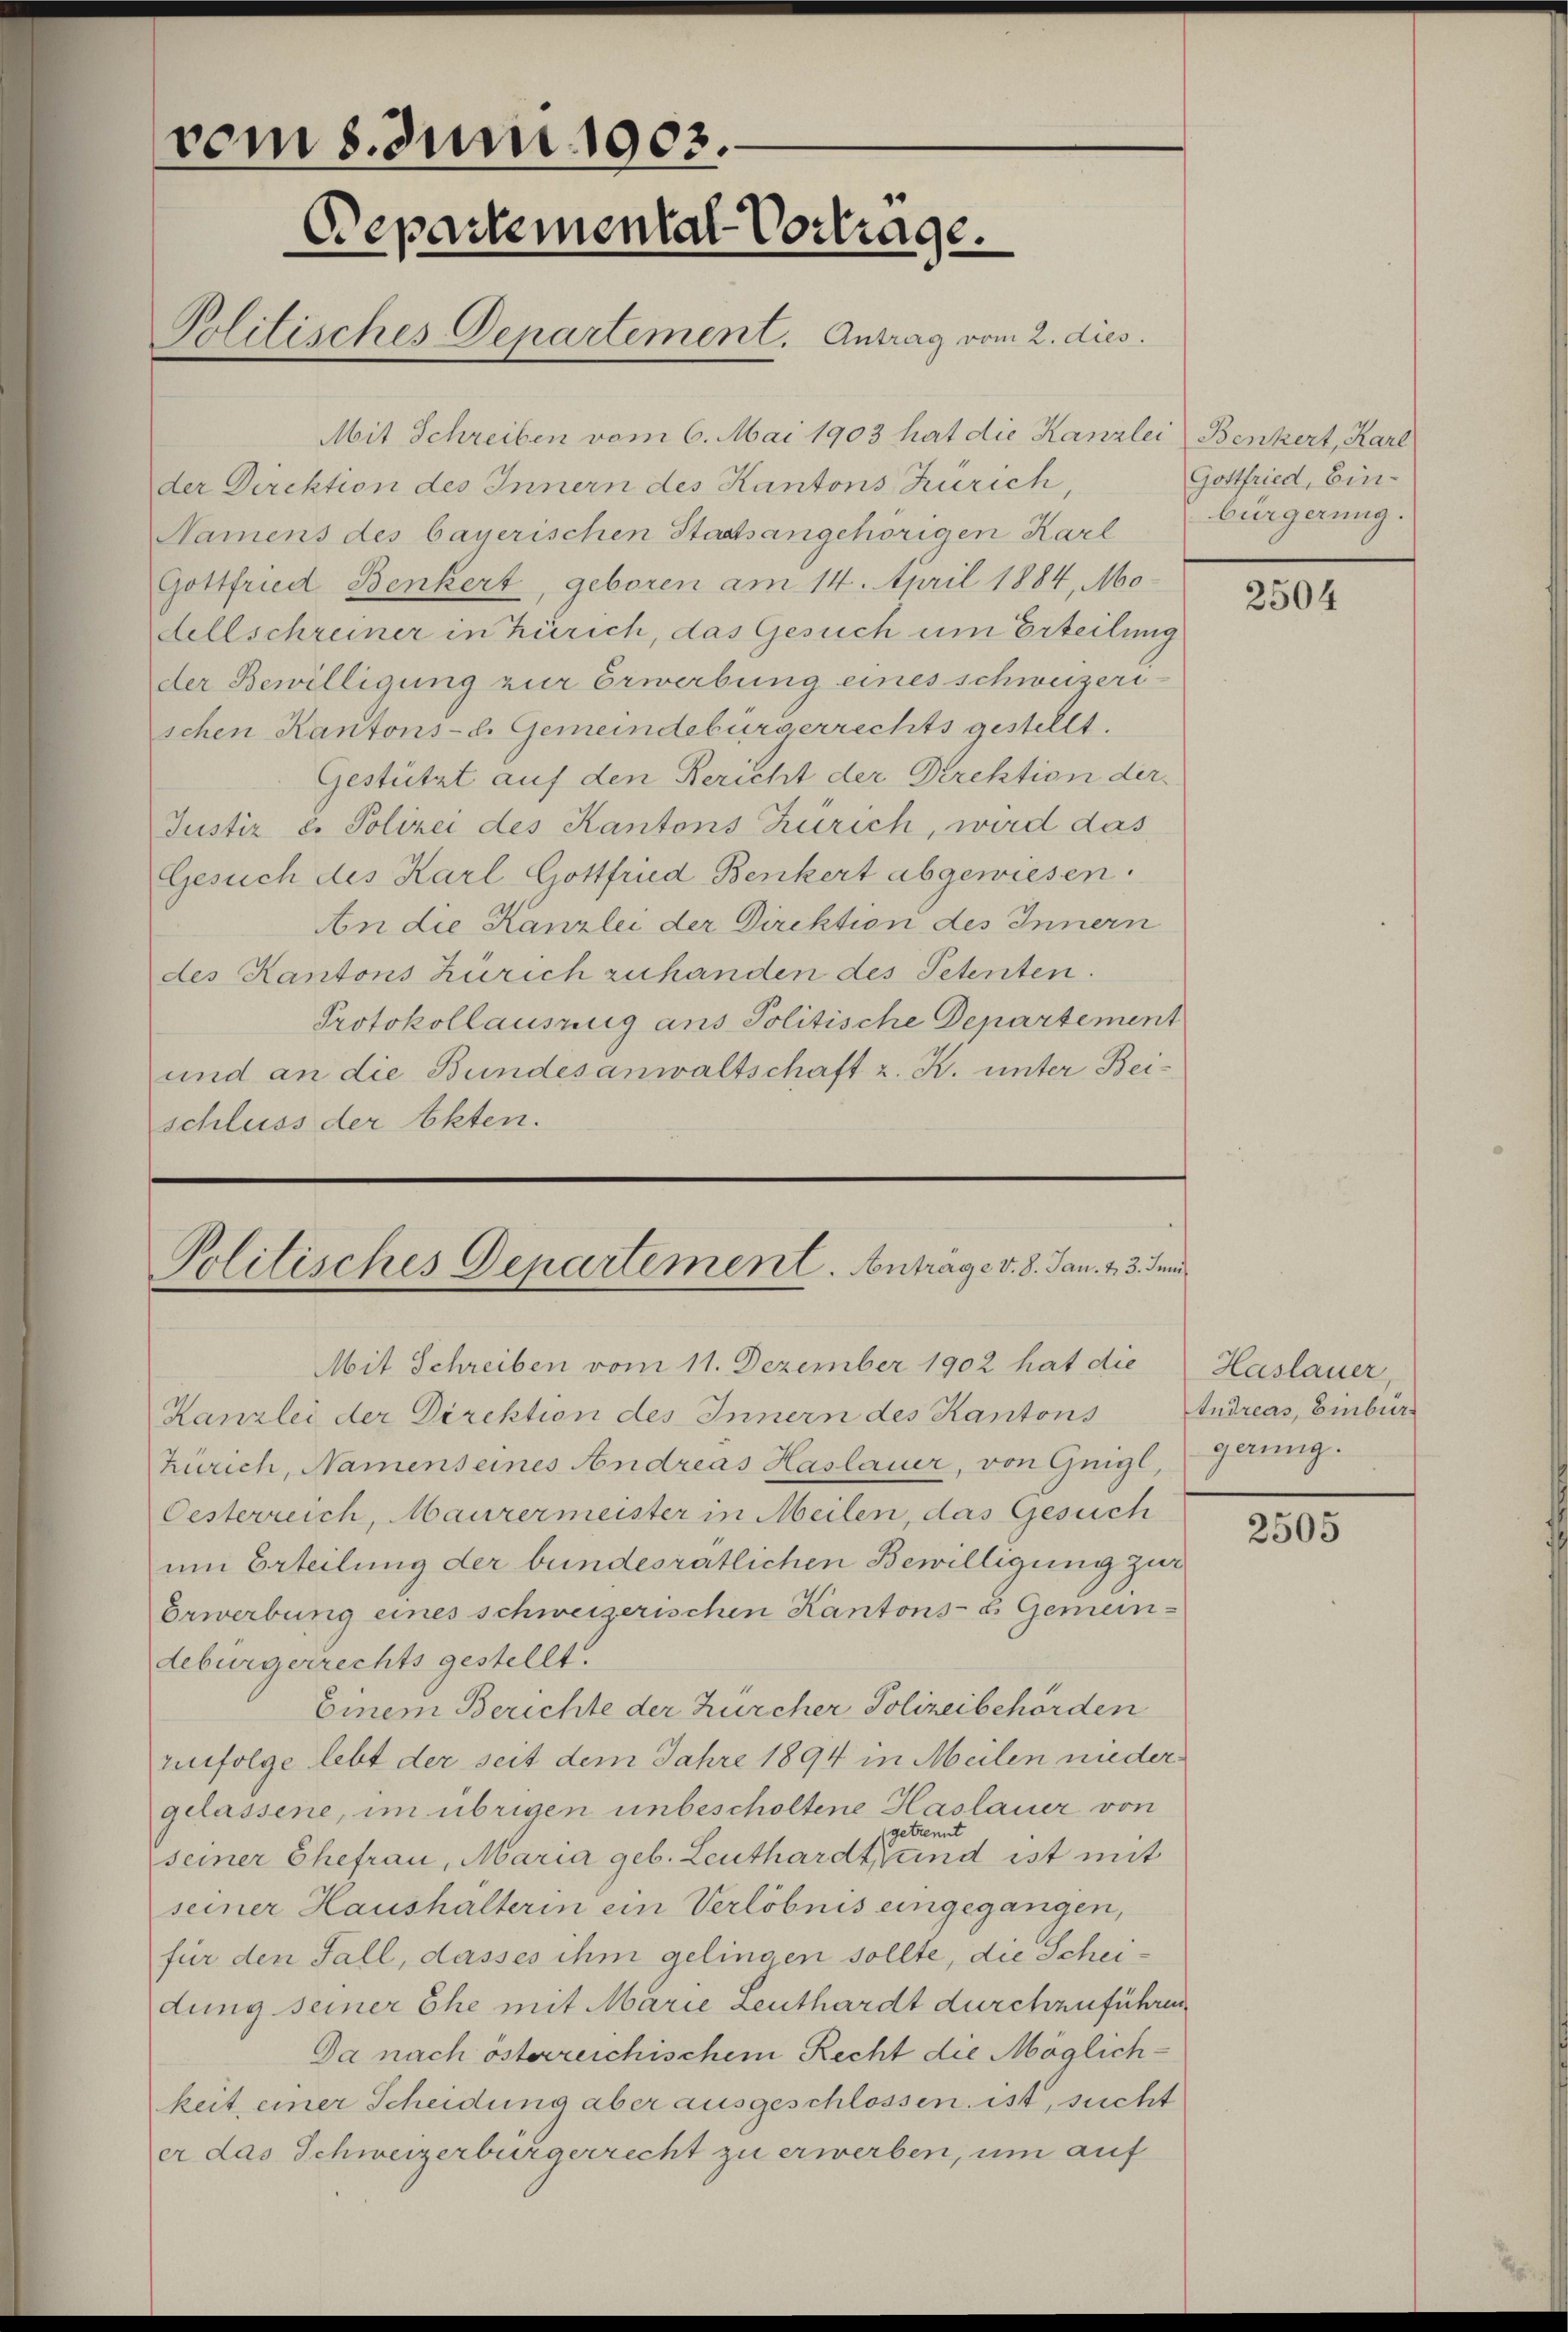
vom 8. Juni 1903.
Departemental-Vortrage.
Politisches Departement. Antrag vom 2. dies

Mit Schreiben vom 6. Mai 1903 hat die Kanzlei Benkert, Karl
der Direktion des Innern des Kantons Zürich,
Namens des bayerischen Staatsangehörigen Karl
Gottfried Benkert, geboren am 14. April 1884, Modellschreiner in Zürich, das Gesuch um Erteilung
der Bewilligung zur Erwerbung eines schweizerischen Kantons-. Gemeindebürgerrechts gestellt.
Gestützt auf den Bericht der Direktion der
Justiz e. Polizei des Kantons Zürich, wird das
Gesuch des Karl Gottfried Benkert abgewiesen.
An die Kanzlei der Direktion des Innern
des Kantons Zürich zuhanden des Petenten.
Protokollausung ans Politische Departement
und an die Bundesanwaltschaft z. K. unter Beischluss der Akten.

Politisches Departement. Anträge v. 8. Jan. 13. dem
Mit Schreiben vom 11. Dezember 1902 hat die

Kanzlei der Direktion des Innern des Kantons
Zürich, Namenseines Andreas Haslauer, von Geigl Gaung.
Oesterreich, Maurermeister in Meilen, das Gesuch
um Erteilung der bundesrätlichen Bewilligung zur
Erwerbung eines schweizerischen Kantons- & Gemeindebürgerrechts gestellt.
Einem Berichte der Zürcher Polizeibehörden
enfolge lebt der seit dem Jahre 1894 in Meilen niedergelassene, im übrigen unbescholtene Haslauer von
getrennt
seiner Ehefrau, Maria geb. Leuthardt und ist mit
seiner Haushalterin ein Verlöbnis eingegangen,
für den Fall, dasses ihm gelingen sollte, die Scheidung seiner Ehe mit Marie zenthardt durchzuführen
Da nach österreichischem Recht die Möglichkeit einer Scheidung aber ausgeschlossen ist, sucht
er das Schweizerbürgerrecht zu erwerben, um auf

Gottfried, Ein-
bürgerung.

2504

Haslauer,
Andreas, Einbur

2505